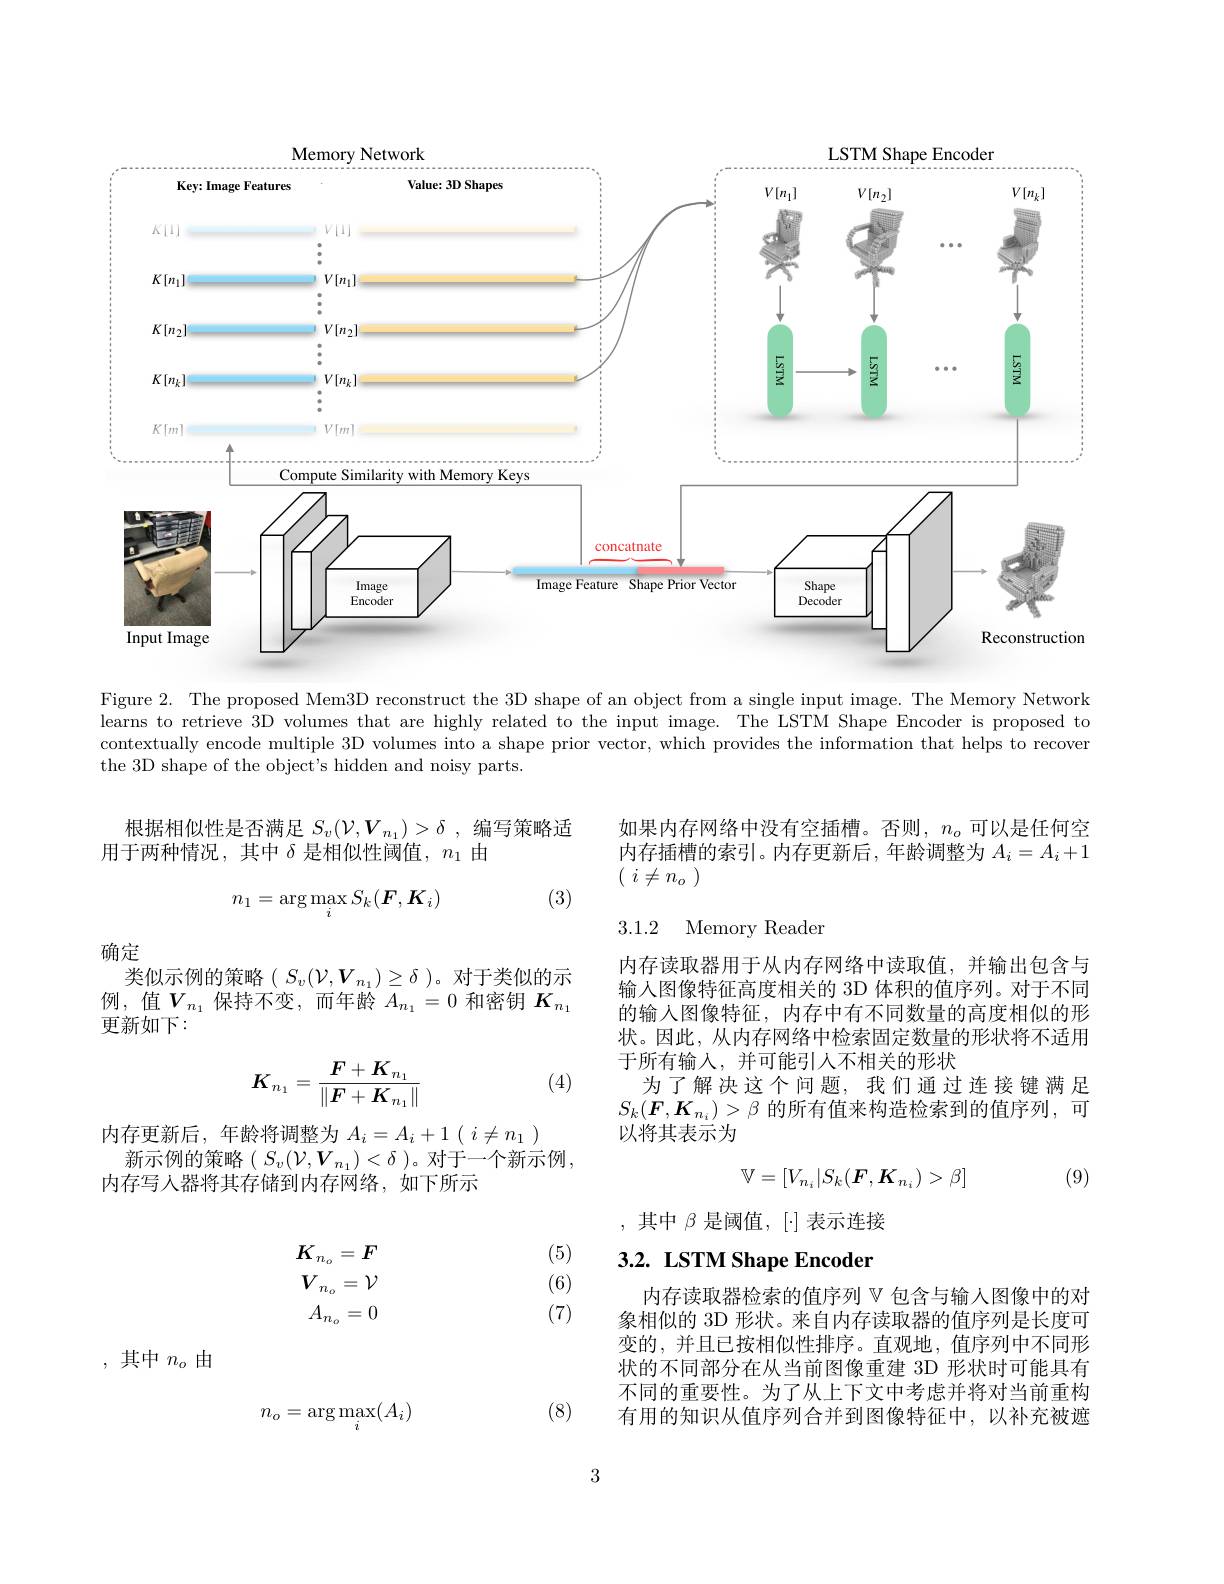
<FigureHere>

Figure 2. The proposed Mem3D reconstruct the 3D shape of an object from a single input image. The Memory Network learns to retrieve 3D volumes that are highly related to the input image. The LSTM Shape Encoder is proposed to contextually encode multiple 3D volumes into a shape prior vector, which provides the information that helps to recover the 3D shape of the object's hidden and noisy parts.

根据相似性是否满足$S_v(\mathcal{V},\boldsymbol{V}_{n_1})>\delta$ ,编写策略适
用于两种情况，其中$\delta$是相似性阈值，$n_1$由

如果内存网络中没有空插槽。否则，$n_o$可以是任何空内存插槽的索引。内存更新后，年龄调整为$A_i=A_i+1$ ( $i\neq n_o$ )

(3)
$$n_1=\arg\max_iS_k(\boldsymbol{F},\boldsymbol{K}_i)$$
3.1.2 Memory Reader

确定

类似示例的策略$(S_v(\mathcal{V},\boldsymbol{V}_{n_1})\geq\delta$ )。对于类似的示例，值$V_n_1$保持不变，而年龄$A_n_1=0$和密钥$K_n_1$ $\vec{\text{更新如下}}:$

内存读取器用于从内存网络中读取值，并输出包含与输入图像特征高度相关的 3D 体积的值序列。对于不同的输入图像特征，内存中有不同数量的高度相似的形状。因此，从内存网络中检索固定数量的形状将不适用于所有输入，并可能引人不相关的形状
为了解决这个问题，我们通过连接键满足$S_k(\boldsymbol{F},\boldsymbol{K}_{n_i})>\beta$的所有值来构造检索到的值序列，可以将其表示为
$$K_{n_1}=\frac{F+K_{n_1}}{\|F+K_{n_1}\|}$$
(4)

内存更新后，年龄将调整为$A_i=A_i+1(i\neq n_1)$
新示例的策略$(S_v(\mathcal{V},V_{n_1})<\delta)$。对于一个新示例，
内存写人器将其存储到内存网络，如下所示
$$\mathbb{V}=[V_{n_i}|S_k(\boldsymbol{F},\boldsymbol{K}_{n_i})>\beta]$$
(9)

,其中$\beta$是阈值$,[\cdot]$表示连接

(5)

## $3. 2. \textbf{ LSTM Shape Encoder}$

(6)
$$\begin{array}{c}K_{n_o}=\boldsymbol{F}\\V_{n_o}=\mathcal{V}\\A_{n_o}=0\end{array}$$
(7)

内存读取器检索的值序列$\mathbb{V}$包含与输入图像中的对象相似的 3D 形状。来自内存读取器的值序列是长度可变的，并且已按相似性排序。直观地，值序列中不同形状的不同部分在从当前图像重建 3D 形状时可能具有不同的重要性。为了从上下文中考虑并将对当前重构有用的知识从值序列合并到图像特征中，以补充被遮

,其中$n_o$由

(8)
$$n_o=\arg\max_i(A_i)$$
3